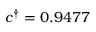
c ^ { \dagger } = 0 . 9 4 7 7